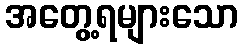
အတွေ့ရများသော